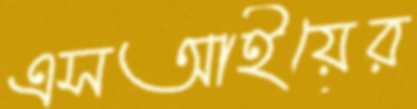
এসআইয়ের